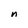
Character: n